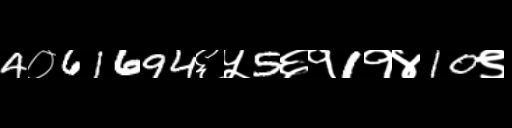
Text: 4०61694६५5६१1१४10९